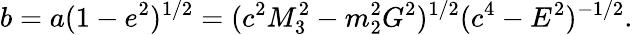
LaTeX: b=a(1-e^{2})^{1/2}=(c^{2}M_{3}^{2}-m_{2}^{2}G^{2})^{1/2}(c^{4}-E^{2})^{-1/2}.